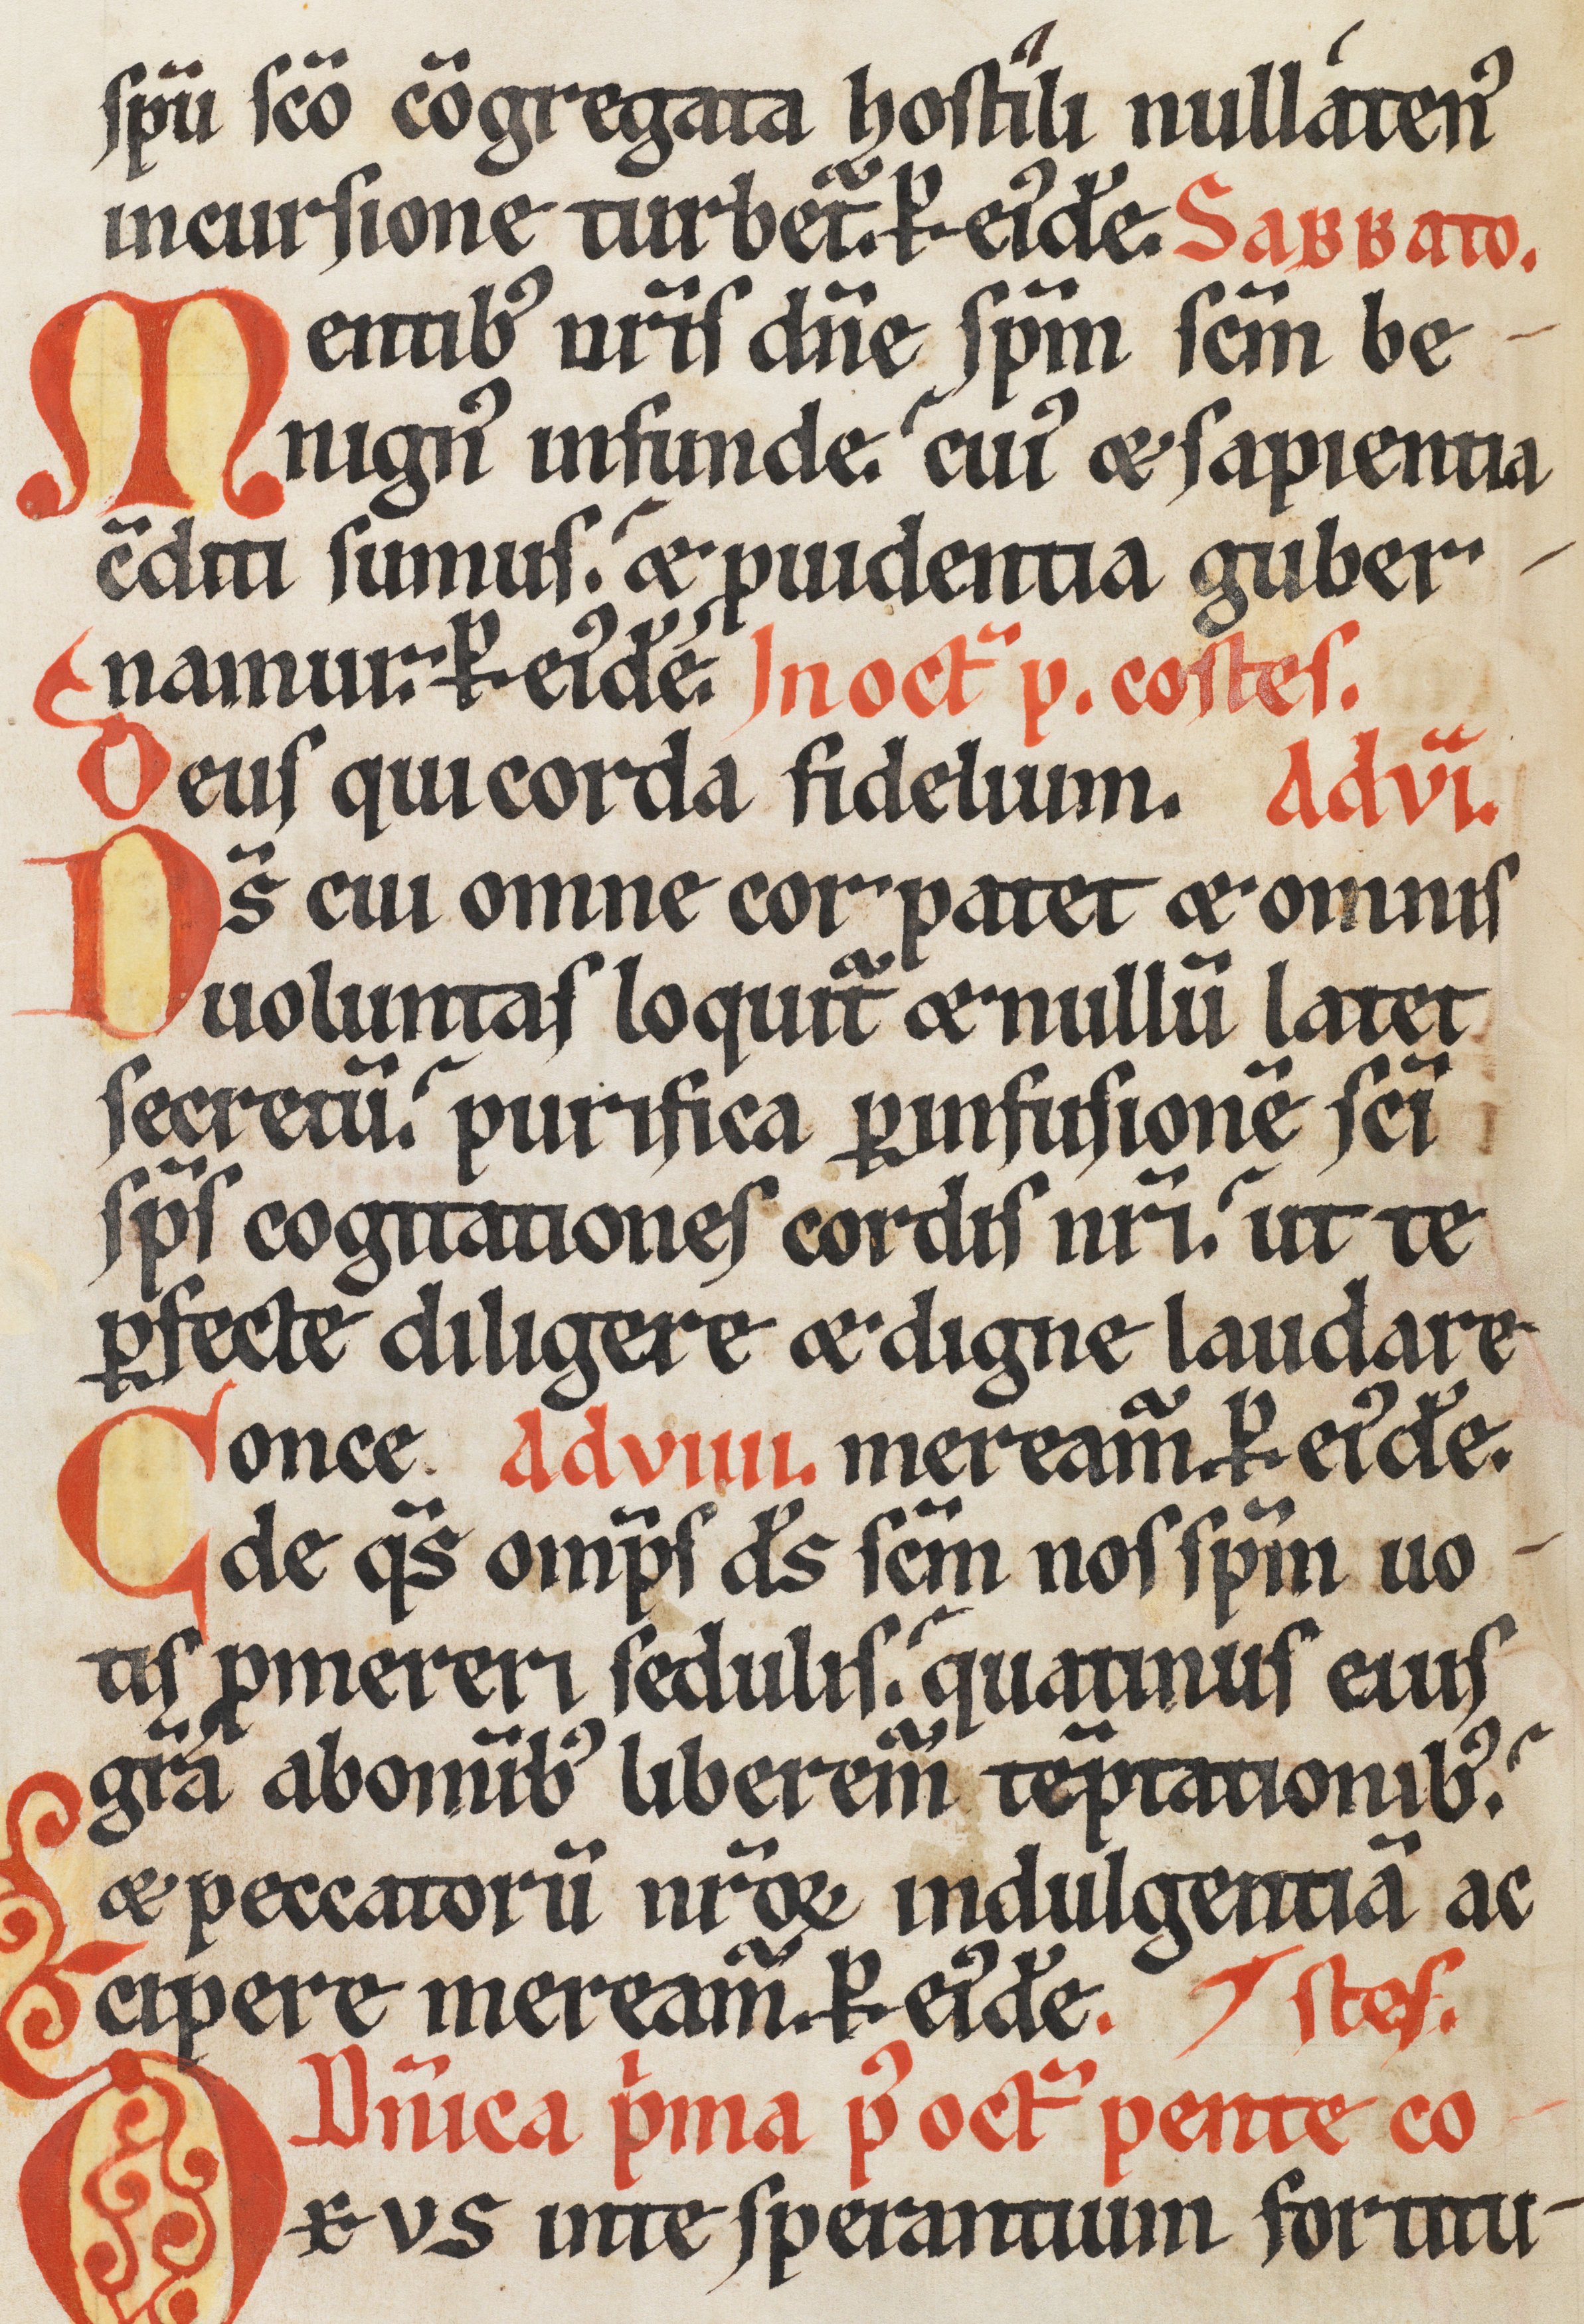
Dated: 1170–1230